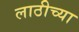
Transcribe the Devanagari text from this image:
लाठीच्या